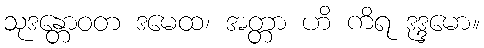
သုဒန္တောဝတ ဒမေထ၊ အတ္တာ ဟိ ကိရ ဒုဒ္ဒမော။